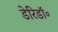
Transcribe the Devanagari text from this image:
डेरिडॉ॰